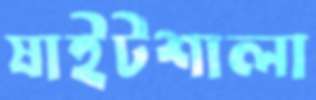
ষাইটশালা